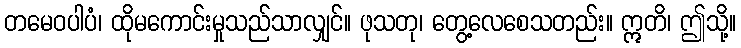
တမေဝပါပံ၊ ထိုမကောင်းမှုသည်သာလျှင်။ ဖုသတု၊ တွေ့လေစေသတည်း။ ဣတိ၊ ဤသို့။